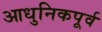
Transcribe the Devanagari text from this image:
आधुनिकपूर्व